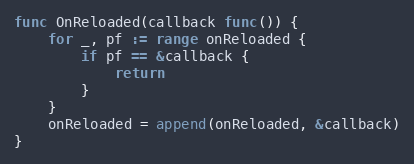
Language: Go
func OnReloaded(callback func()) {
	for _, pf := range onReloaded {
		if pf == &callback {
			return
		}
	}
	onReloaded = append(onReloaded, &callback)
}